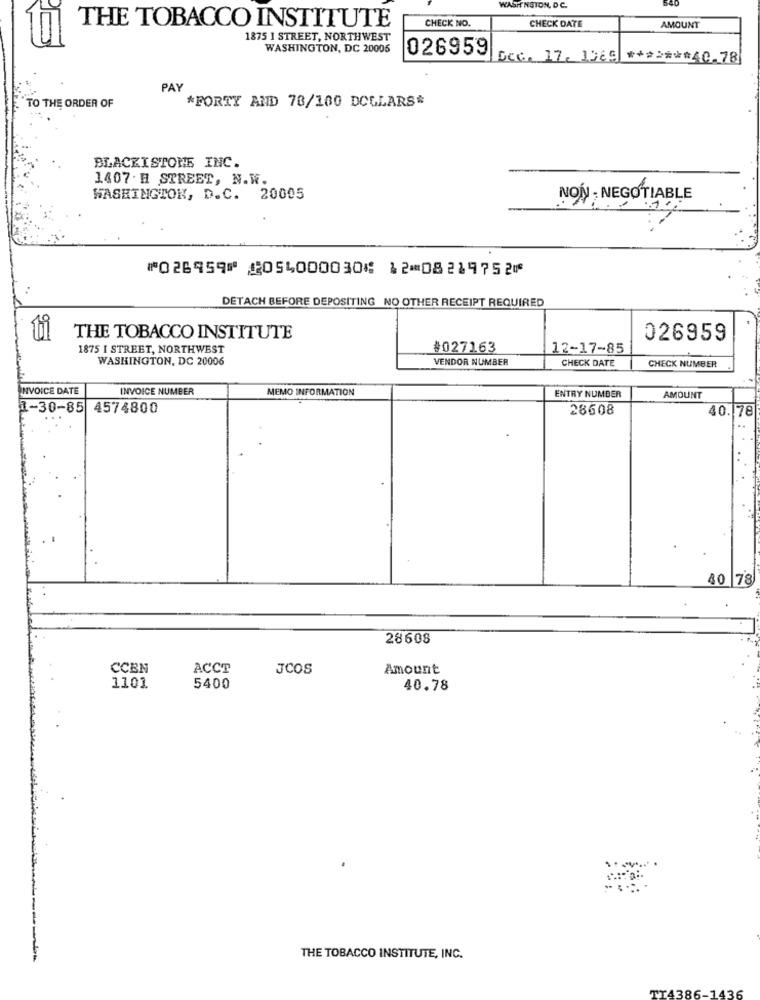
WASHINGTON, DC.
540
THE TOBACCO INSTITUTE
CHECK NO.
CHECK DATE
AMOUNT
1875 I STREET, NORTHWEST
WASHINGTON, DC 20006
026959
Scc. 17. 1565 ******* 40-78
PAY
TO THE ORDER OF
*FORTY AND 78/100 DOLLARS*
BLACKISTOME INC.
1407. H STREET, N.W.
WASHINGTON, D.C. 20005
NON - NEGOTIABLE
⑈026959⑈ ⑆054000030⑆ 12⑉08219752⑈
DETACH BEFORE DEPOSITING NO OTHER RECEIPT REQUIRED
THE TOBACCO INSTITUTE
026959
1875 I STREET, NORTHWEST
#027163
12-17-85
WASHINGTON, DC 20006
VENDOR NUMBER
CHECK DATE
CHECK NUMBER
INVOICE DATE
INVOICE NUMBER
MEMO INFORMATION
ENTRY NUMBER
AMOUNT
1-30-85 4574800
28608
1. 78
40 78
28608
CCEN
ACCT
JCOS
Amount
1101
5400
40.78
THE TOBACCO INSTITUTE, INC.
TI4386-1436